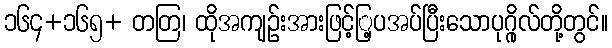
၁၆၄+၁၆၅+ တတြ၊ ထိုအကျဉ်းအားဖြင့်ြ့ပအပ်ပြီးသောပုဂ္ဂိုလ်တို့တွင်။